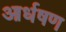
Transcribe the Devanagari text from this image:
आर्धषण